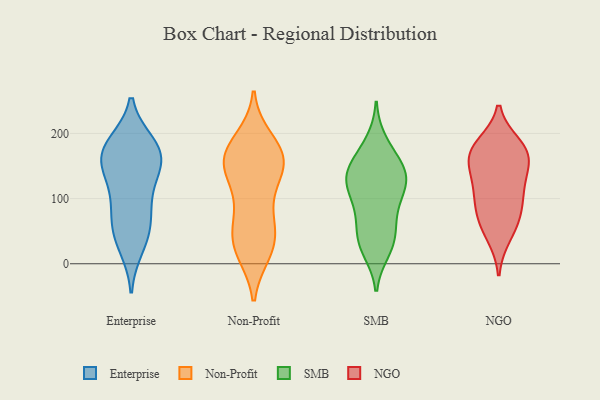
{"axis": {"x": "Conversion Rate (%)", "y": "Value"}, "legend": ["Enterprise", "NGO", "Non-Profit", "SMB"], "data": [{"x": "", "y": 63, "type": "Enterprise"}, {"x": "", "y": 184, "type": "Enterprise"}, {"x": "", "y": 131, "type": "Enterprise"}, {"x": "", "y": 160, "type": "Enterprise"}, {"x": "", "y": 39, "type": "Enterprise"}, {"x": "", "y": 148, "type": "Enterprise"}, {"x": "", "y": 26, "type": "Enterprise"}, {"x": "", "y": 183, "type": "Enterprise"}, {"x": "", "y": 105, "type": "Enterprise"}, {"x": "", "y": 88, "type": "Enterprise"}, {"x": "", "y": 172, "type": "Enterprise"}, {"x": "", "y": 156, "type": "Enterprise"}, {"x": "", "y": 60, "type": "Enterprise"}, {"x": "", "y": 174, "type": "Enterprise"}, {"x": "", "y": 33, "type": "Non-Profit"}, {"x": "", "y": 92, "type": "Non-Profit"}, {"x": "", "y": 161, "type": "Non-Profit"}, {"x": "", "y": 146, "type": "Non-Profit"}, {"x": "", "y": 154, "type": "Non-Profit"}, {"x": "", "y": 148, "type": "Non-Profit"}, {"x": "", "y": 61, "type": "Non-Profit"}, {"x": "", "y": 61, "type": "Non-Profit"}, {"x": "", "y": 19, "type": "Non-Profit"}, {"x": "", "y": 169, "type": "Non-Profit"}, {"x": "", "y": 25, "type": "Non-Profit"}, {"x": "", "y": 166, "type": "Non-Profit"}, {"x": "", "y": 172, "type": "Non-Profit"}, {"x": "", "y": 122, "type": "Non-Profit"}, {"x": "", "y": 28, "type": "Non-Profit"}, {"x": "", "y": 189, "type": "Non-Profit"}, {"x": "", "y": 106, "type": "SMB"}, {"x": "", "y": 132, "type": "SMB"}, {"x": "", "y": 141, "type": "SMB"}, {"x": "", "y": 52, "type": "SMB"}, {"x": "", "y": 125, "type": "SMB"}, {"x": "", "y": 187, "type": "SMB"}, {"x": "", "y": 86, "type": "SMB"}, {"x": "", "y": 151, "type": "SMB"}, {"x": "", "y": 144, "type": "SMB"}, {"x": "", "y": 20, "type": "SMB"}, {"x": "", "y": 45, "type": "SMB"}, {"x": "", "y": 125, "type": "SMB"}, {"x": "", "y": 26, "type": "SMB"}, {"x": "", "y": 32, "type": "SMB"}, {"x": "", "y": 139, "type": "SMB"}, {"x": "", "y": 174, "type": "SMB"}, {"x": "", "y": 105, "type": "SMB"}, {"x": "", "y": 75, "type": "SMB"}, {"x": "", "y": 173, "type": "NGO"}, {"x": "", "y": 63, "type": "NGO"}, {"x": "", "y": 167, "type": "NGO"}, {"x": "", "y": 137, "type": "NGO"}, {"x": "", "y": 164, "type": "NGO"}, {"x": "", "y": 168, "type": "NGO"}, {"x": "", "y": 74, "type": "NGO"}, {"x": "", "y": 113, "type": "NGO"}, {"x": "", "y": 44, "type": "NGO"}, {"x": "", "y": 115, "type": "NGO"}, {"x": "", "y": 181, "type": "NGO"}, {"x": "", "y": 91, "type": "NGO"}]}